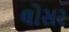
લોસર